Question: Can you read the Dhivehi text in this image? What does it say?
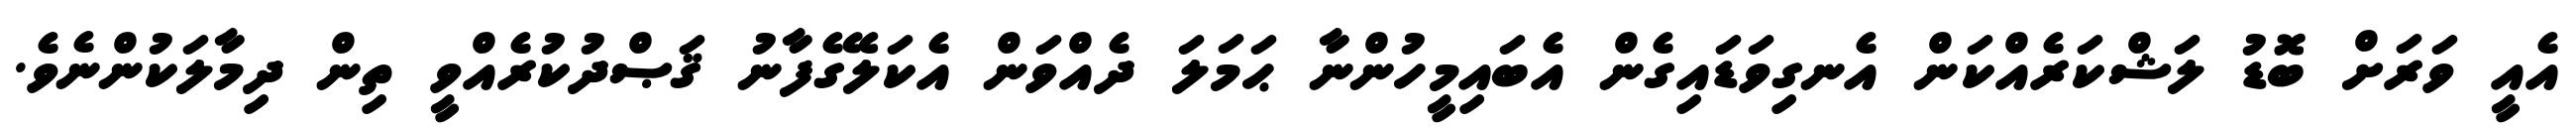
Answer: އެއީ ވަރަށް ބޮޑު ލަޝްކަރެއްކަން އެނގިވަޑައިގެން އެބައިމީހުންނާ ޙަމަލަ ދެއްވަން އެކަލޭގެފާނު ޤަޞްދުކުރެއްވީ ތިން ދިމާލަކުންނެވެ.